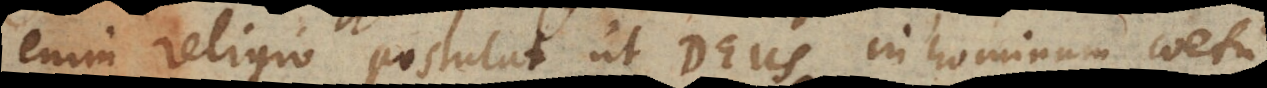
enim religio postulat ut Deus in hominum coetu